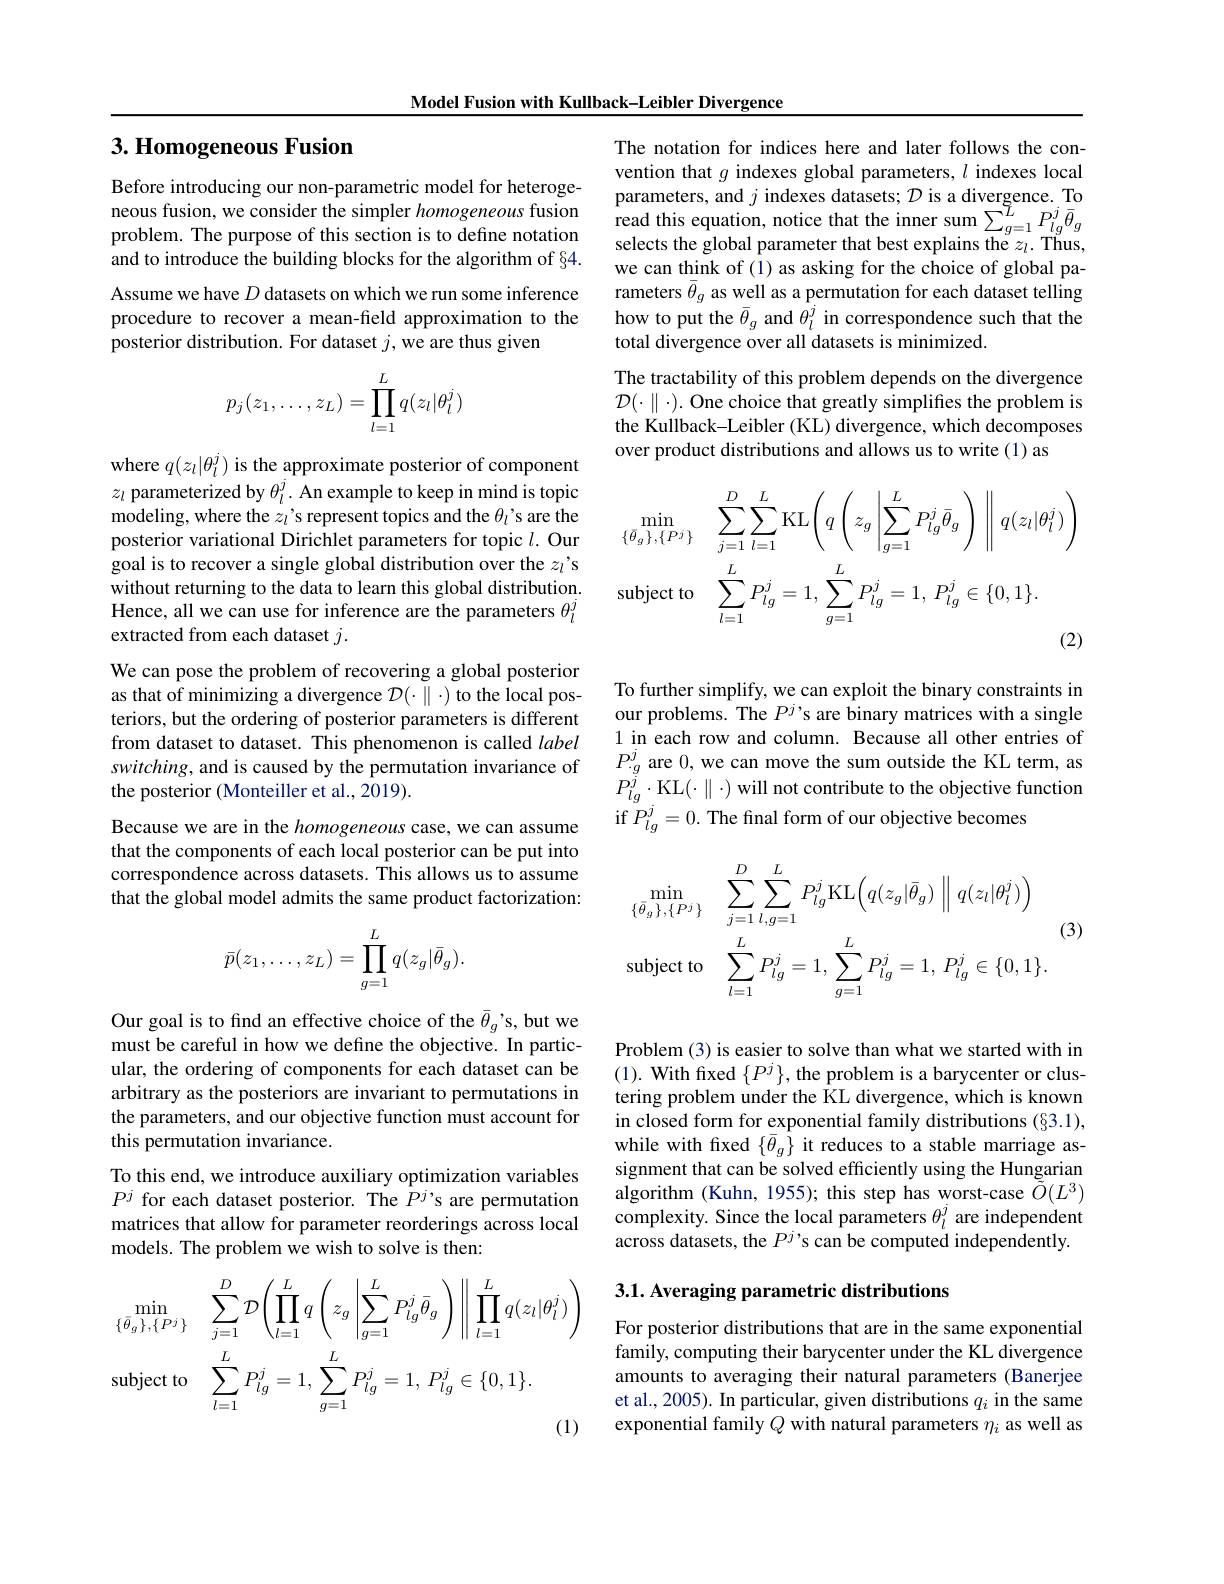
Model Fusion with Kullback-Leibler Divergence

# 3. Homogeneous Fusion

Before introducing our non-parametric model for heterogeneous fusion, we consider the simpler homogeneous fusion problem. The purpose of this section is to define notation and to introduce the building blocks for the algorithm of §4. Assume we have $D$ datasets on which we run some inference procedure to recover a mean-field approximation to the posterior distribution. For dataset $j$,we are thus given
$$p_j(z_1,\ldots,z_L)=\prod_{l=1}^Lq(z_l|\theta_l^j)$$
where $q(z_l|\theta_l^j)$ is the approximate posterior of component $z_l$ parameterized by $\theta_l^j.$ An example to keep in mind is topic modeling, where the $z_l’$s represent topics and the $\theta_l’$s are the posterior variational Dirichlet parameters for topic $l.$ Our goal is to recover a single global distribution over the $z_l’$s without returning to the data to learn this global distribution. Hence, all we can use for inference are the parameters $\theta_l^j$ extracted from each dataset $j.$

We can pose the problem of recovering a global posterior as that of minimizing a divergence $\mathcal{D}(\cdot\parallel\cdot)$ to the local posteriors, but the ordering of posterior parameters is different from dataset to dataset. This phenomenon is called label switching, and is caused by the permutation invariance of the posterior (Monteiller et al., 2019).

Because we are in the homogeneous case, we can assume that the components of each local posterior can be put into correspondence across datasets. This allows us to assume that the global model admits the same product factorization:
$$\bar{p}(z_1,\dots,z_L)=\prod_{g=1}^{L}q(z_g|\bar{\theta}_g).$$
Our goal is to find an effective choice of the $\bar{\theta}_{g}’$s, but we must be careful in how we define the objective. In particular, the ordering of components for each dataset can be arbitrary as the posteriors are invariant to permutations in the parameters, and our objective function must account for this permutation invariance.
To this end, we introduce auxiliary optimization variables $P^j$ for each dataset posterior. The $P^j$,s are permutation matrices that allow for parameter reorderings across local models. The problem we wish to solve is then:
$$\begin{aligned}&\min_{\{\bar{\theta}_{g}\},\{P^{j}\}}&&\sum_{j=1}^{D}\mathcal{D}\left(\prod_{l=1}^{L}q\left(z_{g}\left|\sum_{g=1}^{L}P_{lg}^{j}\bar{\theta}_{g}\right.\right)\right\|\prod_{l=1}^{L}q(z_{l}|\theta_{l}^{j})\\&\mathrm{subject~to}&&\sum_{l=1}^{L}P_{lg}^{j}=1,\sum_{g=1}^{L}P_{lg}^{j}=1,\:P_{lg}^{j}\in\{0,1\}.\end{aligned}$$
The notation for indices here and later follows the convention that $g$ indexes global parameters, $l$ indexes local parameters, and $j$ indexes datasets; $\mathcal{D}$ is a divergence. To $\begin{array}{l}{\text{read this equation, notice that the inner sum}\sum_{g=1}^{\tilde{L}}P_{lg}^{j}\bar{\theta}_{g}}\\{\text{selects the global parameter that best explains the }z_{l}.\mathrm{~Thus,}}\end{array}$ we can think of (1) as asking for the choice of global parameters $\bar{\theta}_g$ as well as a permutation for each dataset telling how to put the $\bar{\theta}_g$ and $\theta_l^j$ in correspondence such that the total divergence over all datasets is minimized.

The tractability of this problem depends on the divergence $\mathcal{D}(\cdot\parallel\cdot).$ One choice that greatly simplifies the problem is the Kullback-Leibler (KL) divergence, which decomposes over product distributions and allows us to write (1) as
$$\begin{aligned}&\min_{\{\bar{\theta}_{g}\},\{P^{j}\}}&&\sum_{j=1}^{D}\sum_{l=1}^{L}\mathrm{KL}\left(q\left(z_{g}\left|\sum_{g=1}^{L}P_{lg}^{j}\bar{\theta}_{g}\right.\right)\:\right|\:q(z_{l}|\theta_{l}^{j})\\&\mathrm{subject~to}&&\sum_{l=1}^{L}P_{lg}^{j}=1,\sum_{g=1}^{L}P_{lg}^{j}=1,\:P_{lg}^{j}\in\{0,1\}.\end{aligned}$$
To further simplify, we can exploit the binary constraints in our problems. The $P^j’$s are binary matrices with a single 1 in each row and column. Because all other entries of $P_{\cdot g}^{j}$ are 0, we can move the sum outside the KL term, as $P_{lg}^{\tilde{j}}\cdot$KL$(\cdot\parallel\cdot)$ will not contribute to the objective function if $P_lg^j=0.$ The final form of our objective becomes

(3)
$$\begin{aligned}&\min_{\{\bar{\theta}_{g}\},\{P^{j}\}}&&\sum_{j=1}^{D}\sum_{l,g=1}^{L}P_{lg}^{j}\mathrm{KL}\Big(q(z_{g}|\bar{\theta}_{g})\:\Big\Vert\:q(z_{l}|\theta_{l}^{j})\Big)\\&\mathrm{subject~to}&&\sum_{l=1}^{L}P_{lg}^{j}=1,\sum_{g=1}^{L}P_{lg}^{j}=1,\:P_{lg}^{j}\in\{0,1\}.\end{aligned}$$
Problem (3) is easier to solve than what we started with in (1). With fixed $\{P^j\}$, the problem is a barycenter or clustering problem under the KL divergence, which is known in closed form for exponential family distributions (§3.1), while with fxed $\{\bar{\theta}_g\}$ it reduces to a stable marriage assignment that can be solved efficiently using the Hungarian algorithm (Kuhn, 1955); this step has worst-case $\tilde{\tilde{O}}(L^3)$ complexity. Since the local parameters $\theta_l^j$ are independent across datasets, the $P^j’$s can be computed independently.

3.1. Averaging parametric distributions

For posterior distributions that are in the same exponential family, computing their barycenter under the KL divergence amounts to averaging their natural parameters (Banerjee et al., 2005). In particular, given distributions $q_i$ in the same exponential family $Q$ with natural parameters $\eta_i$ as well as